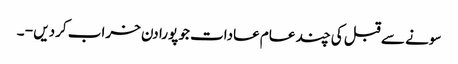
سونے سے قبل کی چند عام عادات جو پورا دن خراب کردیں - ۔